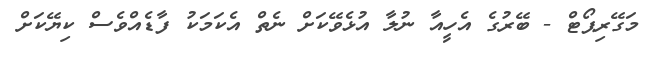
މަގޭރިޕޯޓް - ބޭރުގެ އެހީއާ ނުލާ އުޅެވޭކަށް ނެތް އެކަމަކު ފާޑެއްވެސް ކިޔޭކަށް